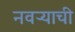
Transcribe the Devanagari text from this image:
नवऱ्याची